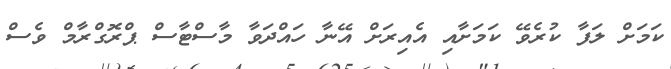
ކަމަށް ލަފާ ކުރެވޭ ކަމަށާއި އެއިރަށް އޭނާ ހައްދަވާ މާސްޓާސް ޕްރޮގްރާމް ވެސް